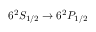
6 ^ { 2 } S _ { 1 / 2 } \rightarrow 6 ^ { 2 } P _ { 1 / 2 }